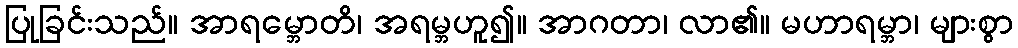
ပြုခြင်းသည်။ အာရမ္ဘောတိ၊ အရမ္ဘဟူ၍။ အာဂတာ၊ လာ၏။ မဟာရမ္ဘာ၊ များစွာ